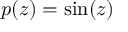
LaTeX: p ( z ) = \sin ( z )